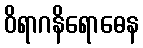
ဝိရာဂနိရောဓေန